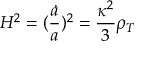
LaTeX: H ^ { 2 } = ( \frac { \dot { a } } { a } ) ^ { 2 } = \frac { \kappa ^ { 2 } } { 3 } \rho _ { T }